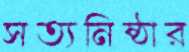
সত্যনিষ্ঠার